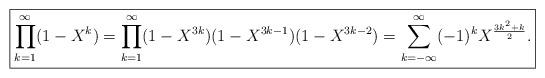
LaTeX: \begin{align*}\boxed{\prod_{k=1}^\infty(1-X^k)=\prod_{k=1}^\infty(1-X^{3k})(1-X^{3k-1})(1-X^{3k-2})=\sum_{k=-\infty}^\infty(-1)^kX^{\frac{3k^2+k}{2}}.}\end{align*}